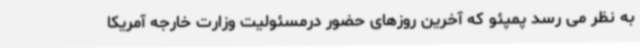
به نظر می رسد پمپئو که آخرین روزهای حضور درمسئولیت وزارت خارجه آمریکا